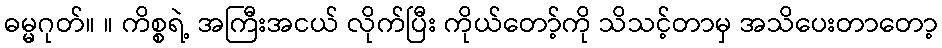
ဓမ္မဂုတ်။ ။ ကိစ္စရဲ့ အကြီးအငယ် လိုက်ပြီး ကိုယ်တော့်ကို သိသင့်တာမှ အသိပေးတာတော့